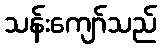
သန်းကျော်သည်